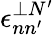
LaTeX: \epsilon_{nn^{\prime}}^{\perp N^{\prime}}